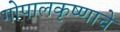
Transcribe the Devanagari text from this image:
गोपालकृष्णाचे